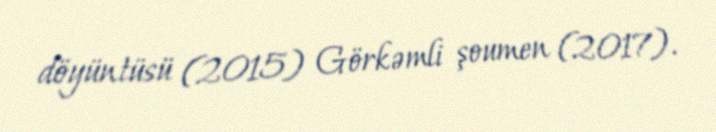
döyüntüsü (2015) Görkəmli şoumen (2017).